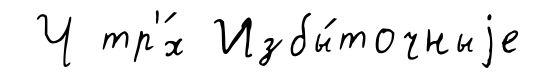
Ч тр'́х Избы́точныjе